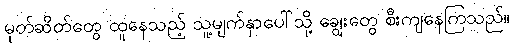
မုတ်ဆိတ်တွေ ထူနေသည့် သူ့မျက်နှာပေါ်သို့ ချွေးတွေ စီးကျနေကြသည်။